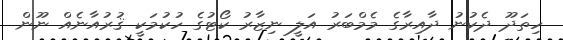
ހިތަދޫ ދެކުނު ދާއިރާގެ މެމްބަރު އަލީ ނިޒާރު ކޯޓުގެ ހުކުމަކީ ޤުރުއާނެއް ނޫން